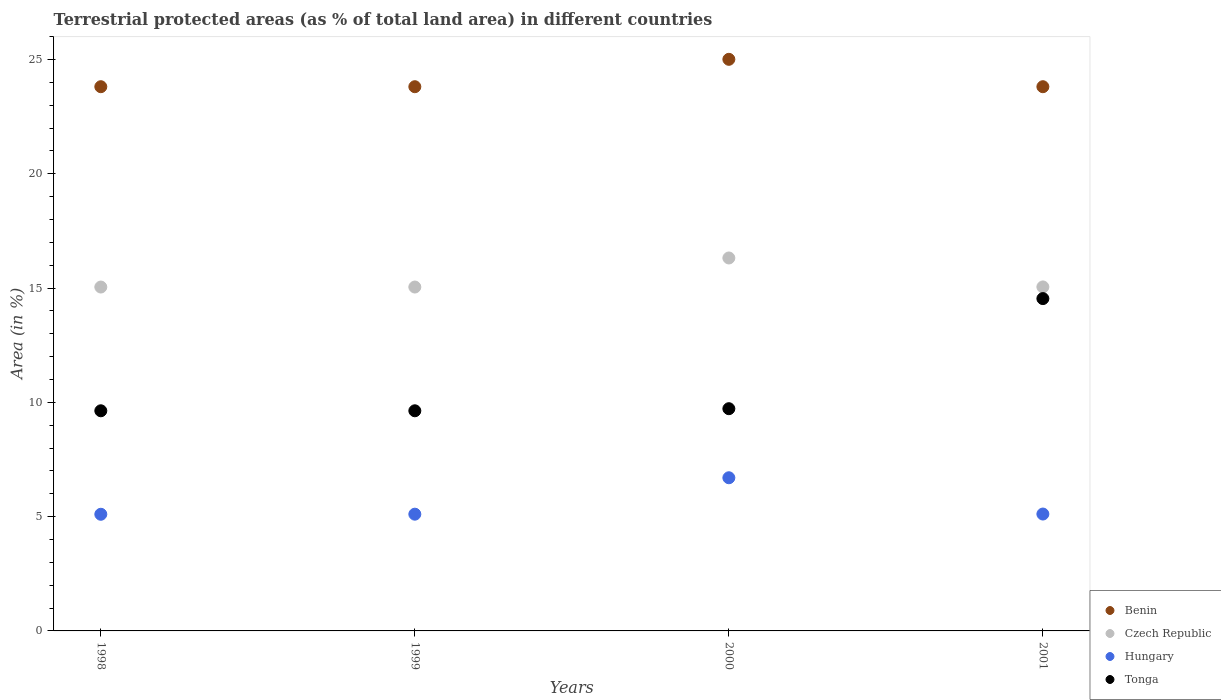
| Years | Benin | Czech Republic | Hungary | Tonga |
 | --- | --- | --- | --- | --- |
 | 1998 | 23.8 | 15 | 5.1 | 9.63 |
 | 1999 | 23.8 | 15 | 5.11 | 9.63 |
 | 2000 | 25 | 16.3 | 6.7 | 9.72 |
 | 2001 | 23.8 | 15 | 5.11 | 14.5 |